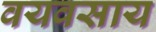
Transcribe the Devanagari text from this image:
वयवसाय